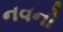
નવનો